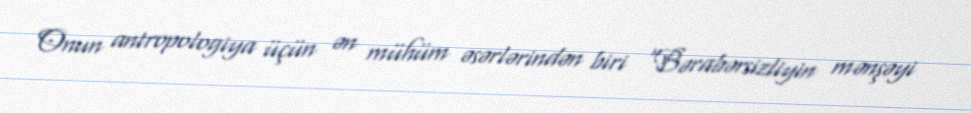
Onun antropologiya üçün ən mühüm əsərlərindən biri “Bərabərsizliyin mənşəyi